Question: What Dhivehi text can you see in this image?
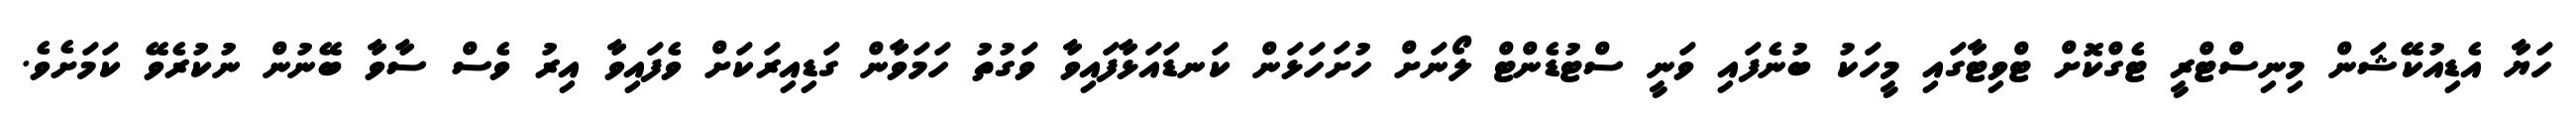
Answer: ހަޔާ އެޑިއުކޭޝަން މިނިސްޓްރީ ޓެގްކޮށް ޓްވިޓާގައި މީހަކު ބުނެފައި ވަނީ ސްޓުޑެންޓް ލޯނަށް ހުށަހަޅަން ކަނޑައަޅާފައިވާ ވަގުތު ހަމަވާން ގަޑިއިރަކަށް ވެފައިވާ އިރު ވެސް ސާވާ ބޭނުން ނުކުރެވޭ ކަމަށެވެ.